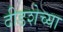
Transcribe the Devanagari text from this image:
दीडशेच्या